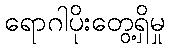
ရောဂါပိုးတွေ့ရှိမှု